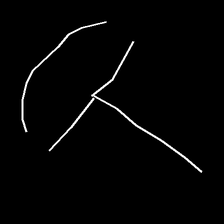
Glyph: dispersion